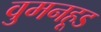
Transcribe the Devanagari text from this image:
वुमनहूड